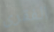
الفقرى